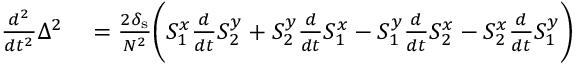
\begin{array} { r l } { \frac { d ^ { 2 } } { d t ^ { 2 } } \Delta ^ { 2 } } & { { } = \frac { 2 \delta _ { \mathrm { s } } } { N ^ { 2 } } \bigg ( S _ { 1 } ^ { x } \frac { d } { d t } S _ { 2 } ^ { y } + S _ { 2 } ^ { y } \frac { d } { d t } S _ { 1 } ^ { x } - S _ { 1 } ^ { y } \frac { d } { d t } S _ { 2 } ^ { x } - S _ { 2 } ^ { x } \frac { d } { d t } S _ { 1 } ^ { y } \bigg ) } \end{array}